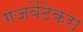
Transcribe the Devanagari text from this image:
गजवेंटेकरा